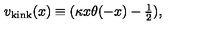
v _ { \mathrm { k i n k } } ( x ) \equiv ( \kappa x \theta ( - x ) - { \textstyle { \frac { 1 } { 2 } } } ) ,